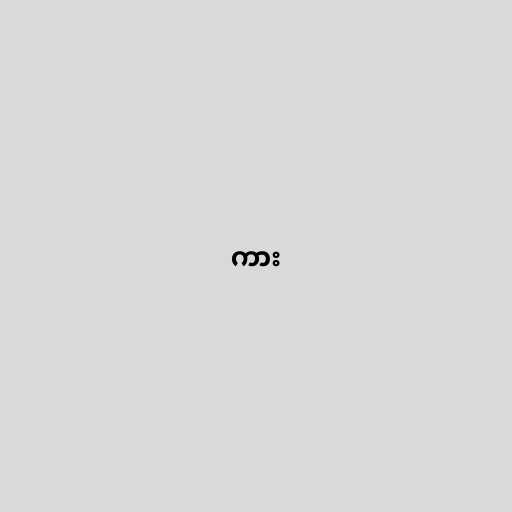
ကား